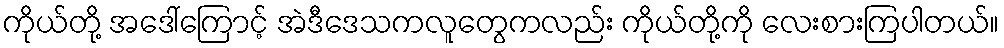
ကိုယ်တို့ အဒေါ်ကြောင့် အဲဒီဒေသကလူတွေကလည်း ကိုယ်တို့ကို လေးစားကြပါတယ်။